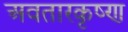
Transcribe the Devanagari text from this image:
अवतारकृष्ण